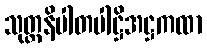
သုတ္တနိပါတပါဋ္ဌိအဋ္ဌကထာ